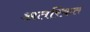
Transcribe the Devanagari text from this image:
अतरिकत